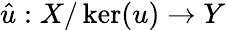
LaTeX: {\hat{u}}:X/\ker(u)\to Y